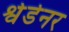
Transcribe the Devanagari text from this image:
श्वेडेनर